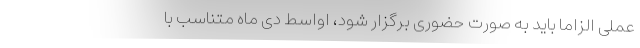
عملی الزاماً باید به صورت حضوری برگزار شود، اواسط دی ماه متناسب با